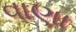
વાણા